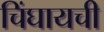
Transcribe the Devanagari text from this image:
चिंघायची